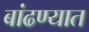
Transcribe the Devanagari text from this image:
बांढण्यात